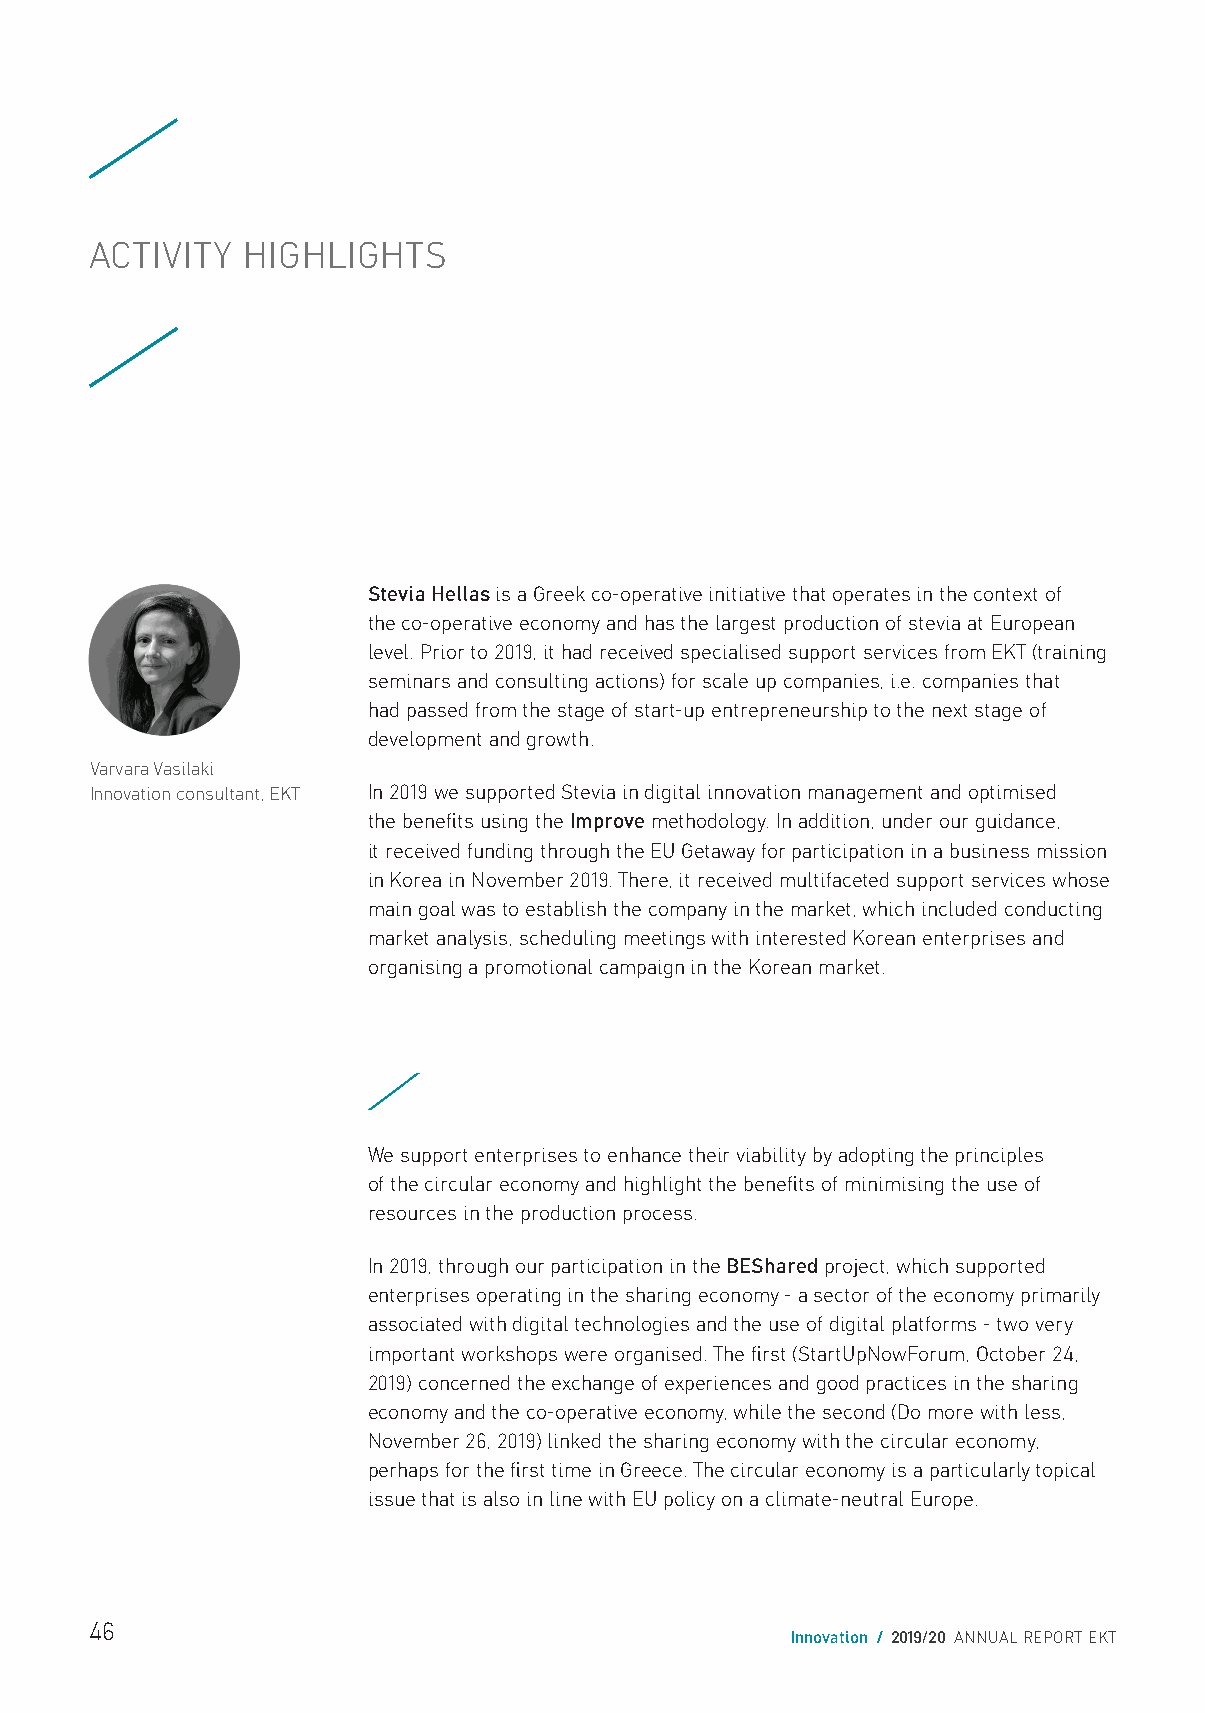
ACTIVITY  HIGHLIGHTS
 Stevia Hellas is a Greek co-operative initiative that operates in the context of
 the co-operative economy and has the largest production of stevia at European
 level. Prior to 2019, it had received specialised support services from EKT (training
 seminars and consulting actions) for scale up companies, i.e. companies that
 had passed from the stage of start-up entrepreneurship to the next stage of
 development and growth.
 Varvara Vasilaki
 Innovation consultant, ΕΚΤ In 2019 we supported Stevia in digital innovation management and optimised
 the benefits using the Improve methodology. In addition, under our guidance,
 it received funding through the EU Getaway for participation in a business mission
 in Korea in November 2019. There, it received multifaceted support services whose
 main goal was to establish the company in the market, which included conducting
 market analysis, scheduling meetings with interested Korean enterprises and
 organising a promotional campaign in the Korean market.
 /
 We support enterprises to enhance their viability by adopting the principles
 of the circular economy and highlight the benefits of minimising the use of
 resources in the production process.
 In 2019, through our participation in the BEShared project, which supported
 enterprises operating in the sharing economy - a sector of the economy primarily
 associated with digital technologies and the use of digital platforms - two very
 important workshops were organised. The first (StartUpNowForum, October 24,
 2019) concerned the exchange of experiences and good practices in the sharing
 economy and the co-operative economy, while the second (Do more with less,
 November 26, 2019) linked the sharing economy with the circular economy,
 perhaps for the first time in Greece. The circular economy is a particularly topical
 issue that is also in line with EU policy on a climate-neutral Europe.
 46
 Innovation / 2019/20 ANNUAL REPORT EKT